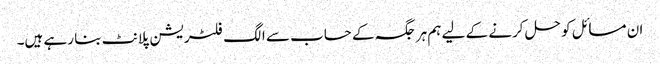
ان مسائل کو حل کرنے کے لیے ہم ہر جگہ کے حساب سے الگ فلٹریشن پلانٹ بنا رہے ہیں۔